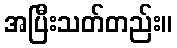
အပြီးသတ်တည်း။